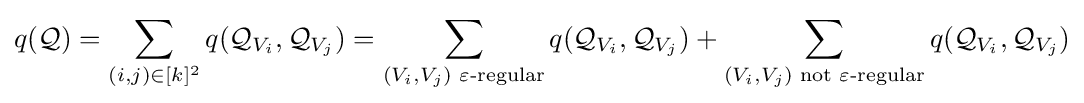
q({\mathcal {Q}})=\sum _{(i,j)\in [k]^{2}}q({\mathcal {Q}}_{V_{i}},{\mathcal {Q}}_{V_{j}})=\sum _{(V_{i},V_{j}){\text{ }}\varepsilon {\text{-regular}}}q({\mathcal {Q}}_{V_{i}},{\mathcal {Q}}_{V_{j}})+\sum _{(V_{i},V_{j}){\text{ not }}\varepsilon {\text{-regular}}}q({\mathcal {Q}}_{V_{i}},{\mathcal {Q}}_{V_{j}})